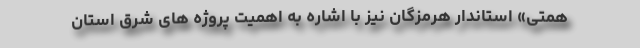
همتی» استاندار هرمزگان نیز با اشاره به اهمیت پروژه های شرق استان